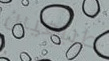
طبيعيين